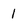
Character: 1